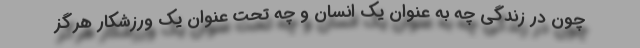
چون در زندگی چه به عنوان یک انسان و چه تحت عنوان یک ورزشکار هرگز